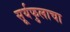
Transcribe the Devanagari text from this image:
सूर्यफुलाचा